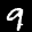
Label: 9